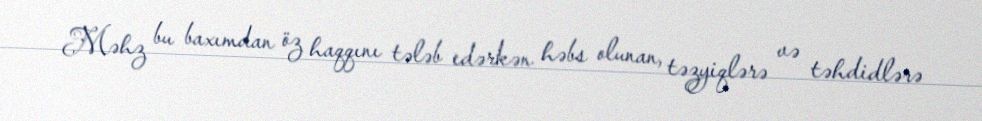
Məhz bu baxımdan öz haqqını tələb edərkən həbs olunan, təzyiqlərə və təhdidlərə